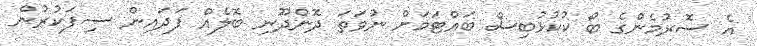
އެ ސޮރުމެންގެ ބޯ ކުކުޅުބިސް ބައްޓަމަށް ނުވަތަ ދޮންދޫނި ބޮލެއް ފަދައިން ސިފަކުރުން